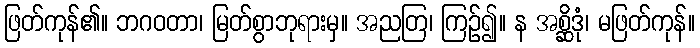
ဖြတ်ကုန်၏။ ဘဂဝတာ၊ မြတ်စွာဘုရားမှ။ အညတြ၊ ကြဉ်၍။ န အစ္ဆိဒုံ၊ မဖြတ်ကုန်။